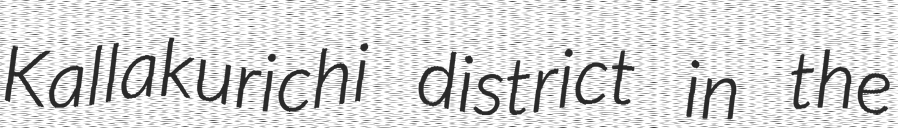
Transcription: Kallakurichi district in the